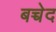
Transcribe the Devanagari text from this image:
बच्चेद